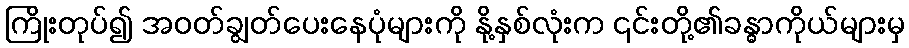
ကြိုးတုပ်၍ အဝတ်ချွတ်ပေးနေပုံများကို နို့နှစ်လုံးက ၎င်းတို့၏ခန္ဓာကိုယ်များမှ